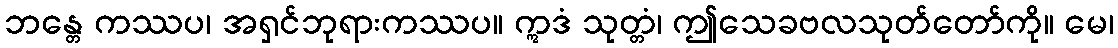
ဘန္တေ ကဿပ၊ အရှင်ဘုရားကဿပ။ ဣဒံ သုတ္တံ၊ ဤသေခဗလသုတ်တော်ကို။ မေ၊